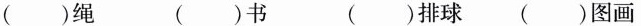
( )绳 （ ）书 （ ）排球 （ ）图画